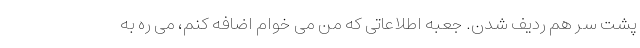
پشت سر هم ردیف شدن. جعبه اطلاعاتی که من می خوام اضافه کنم، می ره به